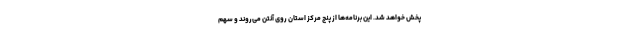
پخش خواهد شد. این برنامه‌ها از پنج مرکز استان روی آنتن می‌روند و سهم